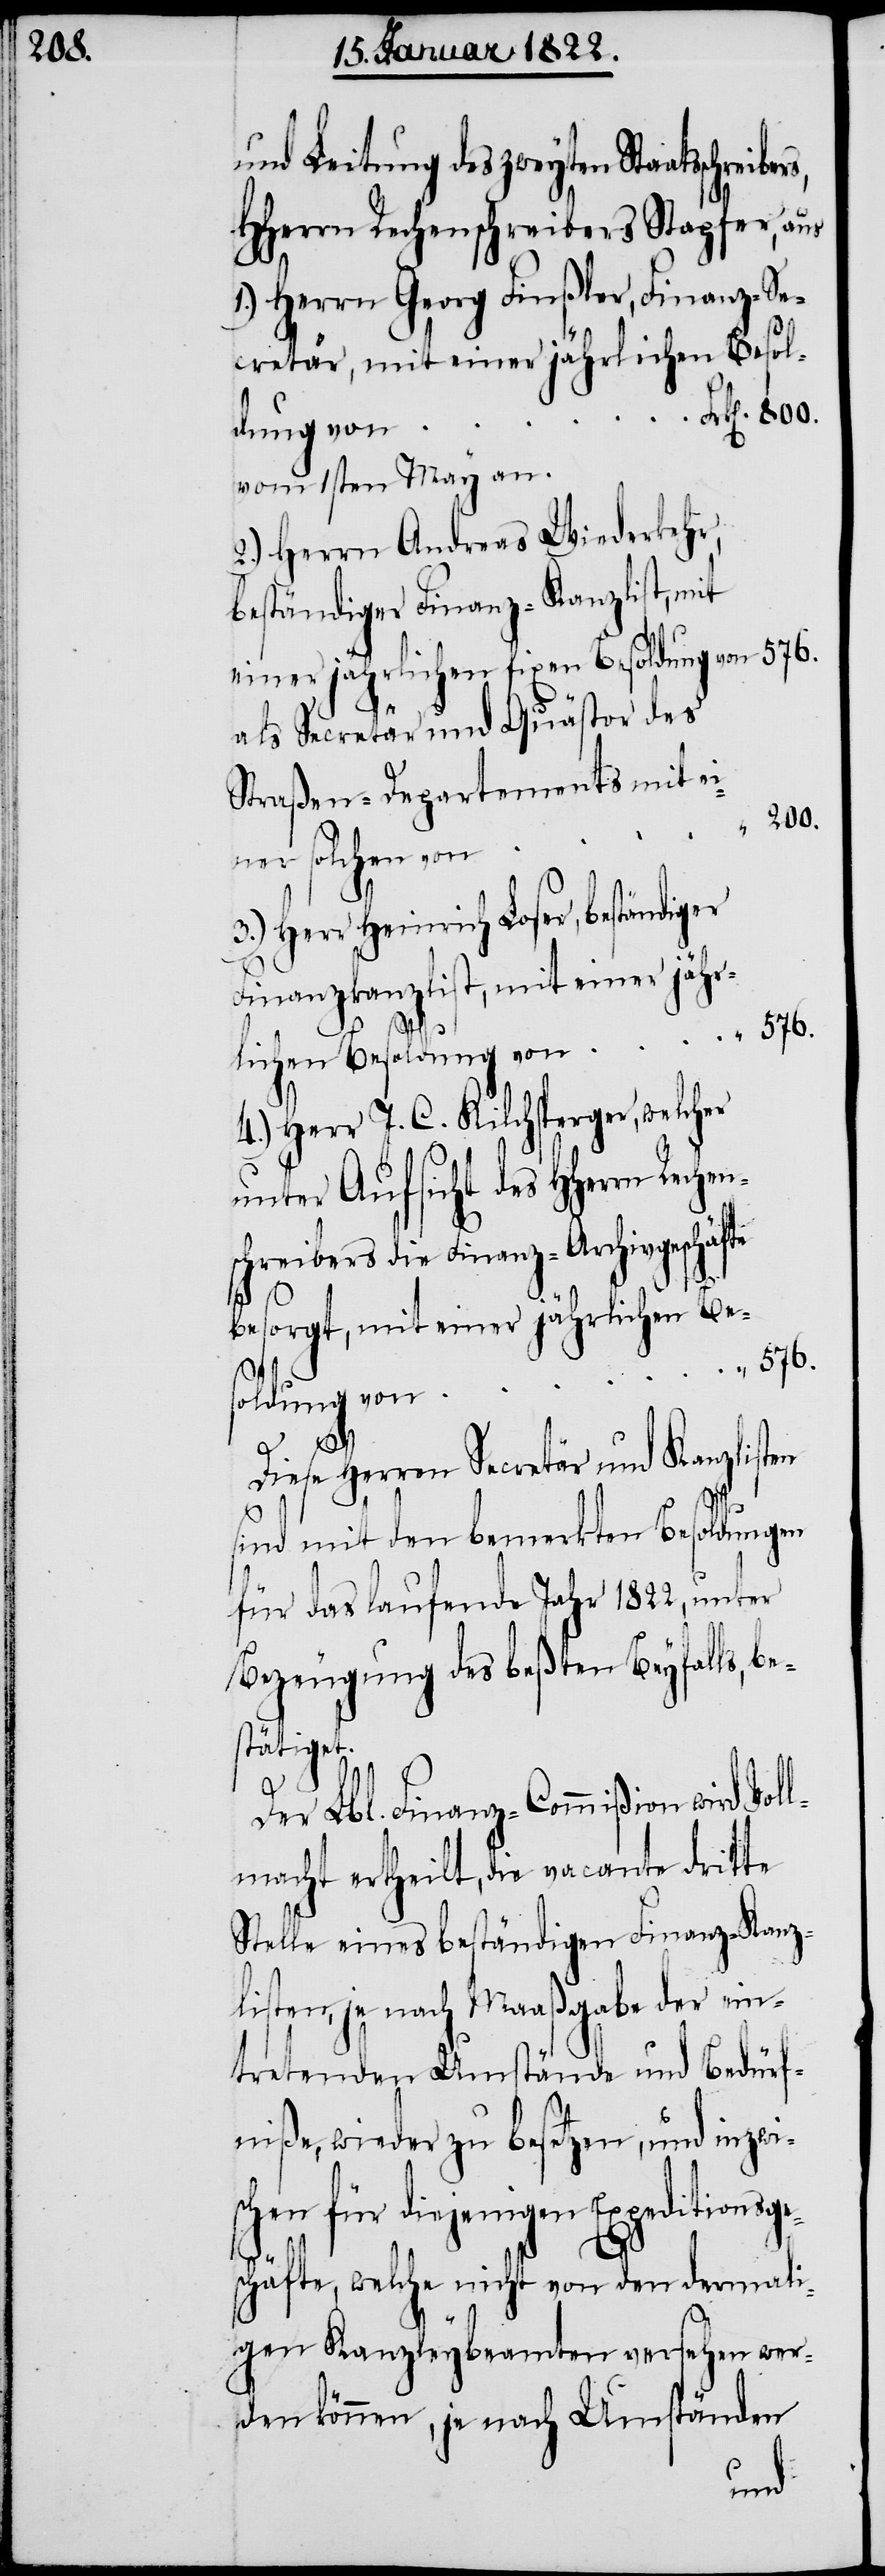
200.

und Leitung des zweyten Staatsschre¬
HHerrn Rechenschreibers Stapfer, aus
1.) Herrn Georg Finßler, Finanz-Se¬
cretär, mit einer jährlichen Besol¬
dung von
vom 1sten May an.
2.) Herrn Andreas Wiederkehr,
beständiger Finanz-Kanzlist, mit
einer jährlichen fixen Besoldung von
als Secretär und Quästor des
Straßen-Departements mit ei¬
ner solchen von
3.) Herr Heinrich Loser, beständiger
Finanzkanzlist, mit einer jähr¬
lichen Besoldung von
4.) Herr J. C. Kilchsperger, welcher
unter Aufsicht des HHerrn Re¬
schreibers die Finanz-Archivgeschäfte
besorgt, mit einer jährlichen Be¬
576.
soldung von
chen¬
Diese Herren Secretär und Kanzlisten
sind mit den bemerkten Besoldungen
für das laufende Jahr 1822, unter
Bezeugung des beßten Beyfalls, be¬
stätiget.
Der Lbl. Finanz-Commißion wird Voll¬
macht ertheilt, die vacante dritte
Stelle eines beständigen Finanz-Kanz¬
listen, je nach Maaßgabe der ein¬
tretenden Umstände und Bedürf¬
niße, wieder zu besetzen, und inzwi¬
schen für diejenigen Expeditionsge¬
schäfte, welche nicht von den dermali¬
gen Kanzleybeamten versehen wer¬
den können, je nach Umständen